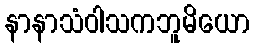
နာနာသံဝါသကဘူမိယော